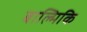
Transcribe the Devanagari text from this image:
बाल्मिकि